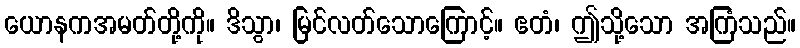
ယောနကအမတ်တို့ကို။ ဒိသွာ၊ မြင်လတ်သောကြောင့်။ ဧတံ၊ ဤသို့သော အကြံသည်။